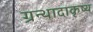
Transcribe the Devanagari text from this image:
ग्रन्थादाकृष्य